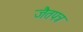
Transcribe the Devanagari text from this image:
जैतपत्र